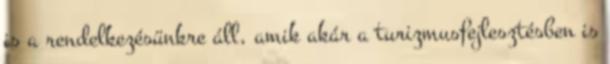
is a rendelkezésünkre áll, amik akár a turizmusfejlesztésben is